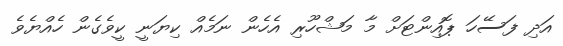
އަދި ފަސޭހަ ޕޮއިންޓަށް މާ މަޝްހޫރި އެހެން ނަމެއް ކިޔަނީ ކީވެގެން ހެއްޔެވެ